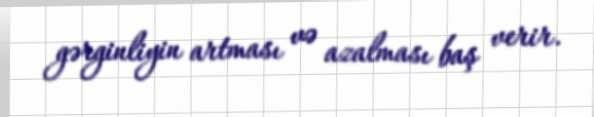
gərginliyin artması və azalması baş verir.